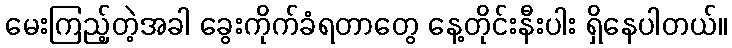
မေးကြည့်တဲ့အခါ ခွေးကိုက်ခံရတာတွေ နေ့တိုင်းနီးပါး ရှိနေပါတယ်။